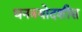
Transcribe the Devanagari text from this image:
धनत्रयोदशीस